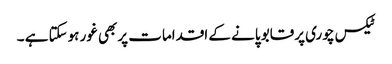
ٹیکس چوری پرقابو پانے کے اقدامات پربھی غور ہوسکتا ہے ۔